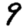
Digit: 9